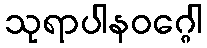
သုရာပါနဝဂ္ဂေါ